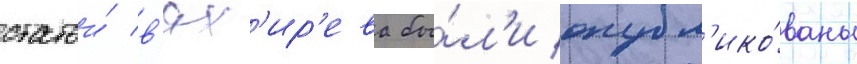
статьи́ в'ях'ир'ева бы́л'и опубл'ико́ваны